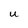
Character: U